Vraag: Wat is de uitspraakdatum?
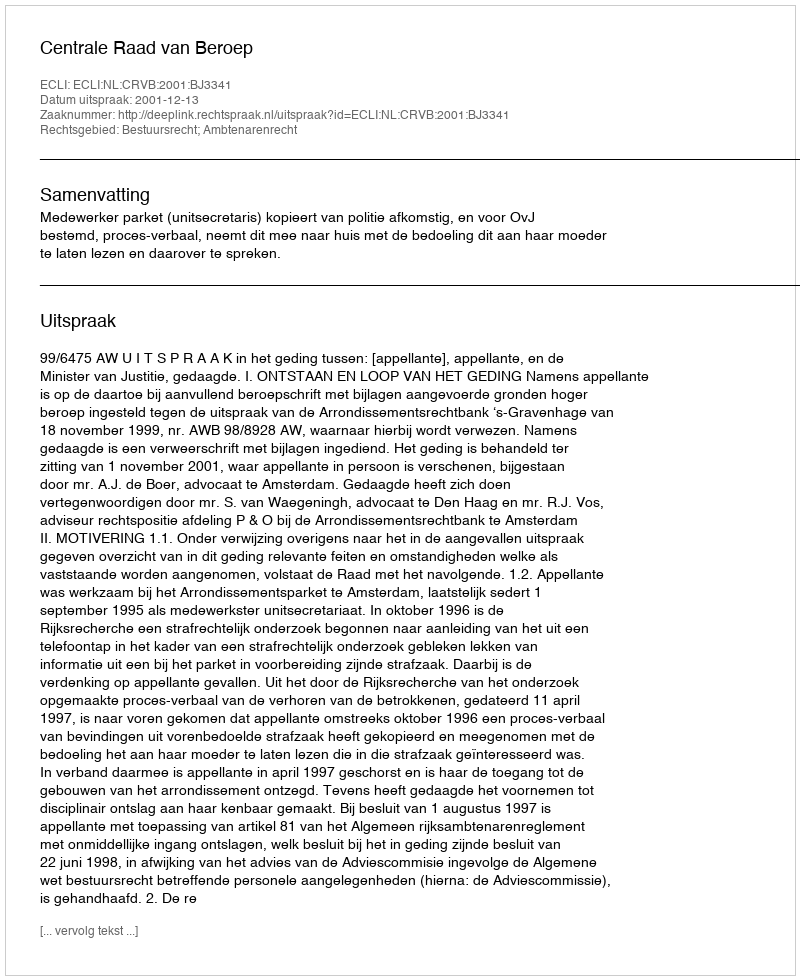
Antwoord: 2001-12-13